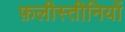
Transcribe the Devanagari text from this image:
फ़लीस्तीनियों